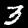
Label: 3